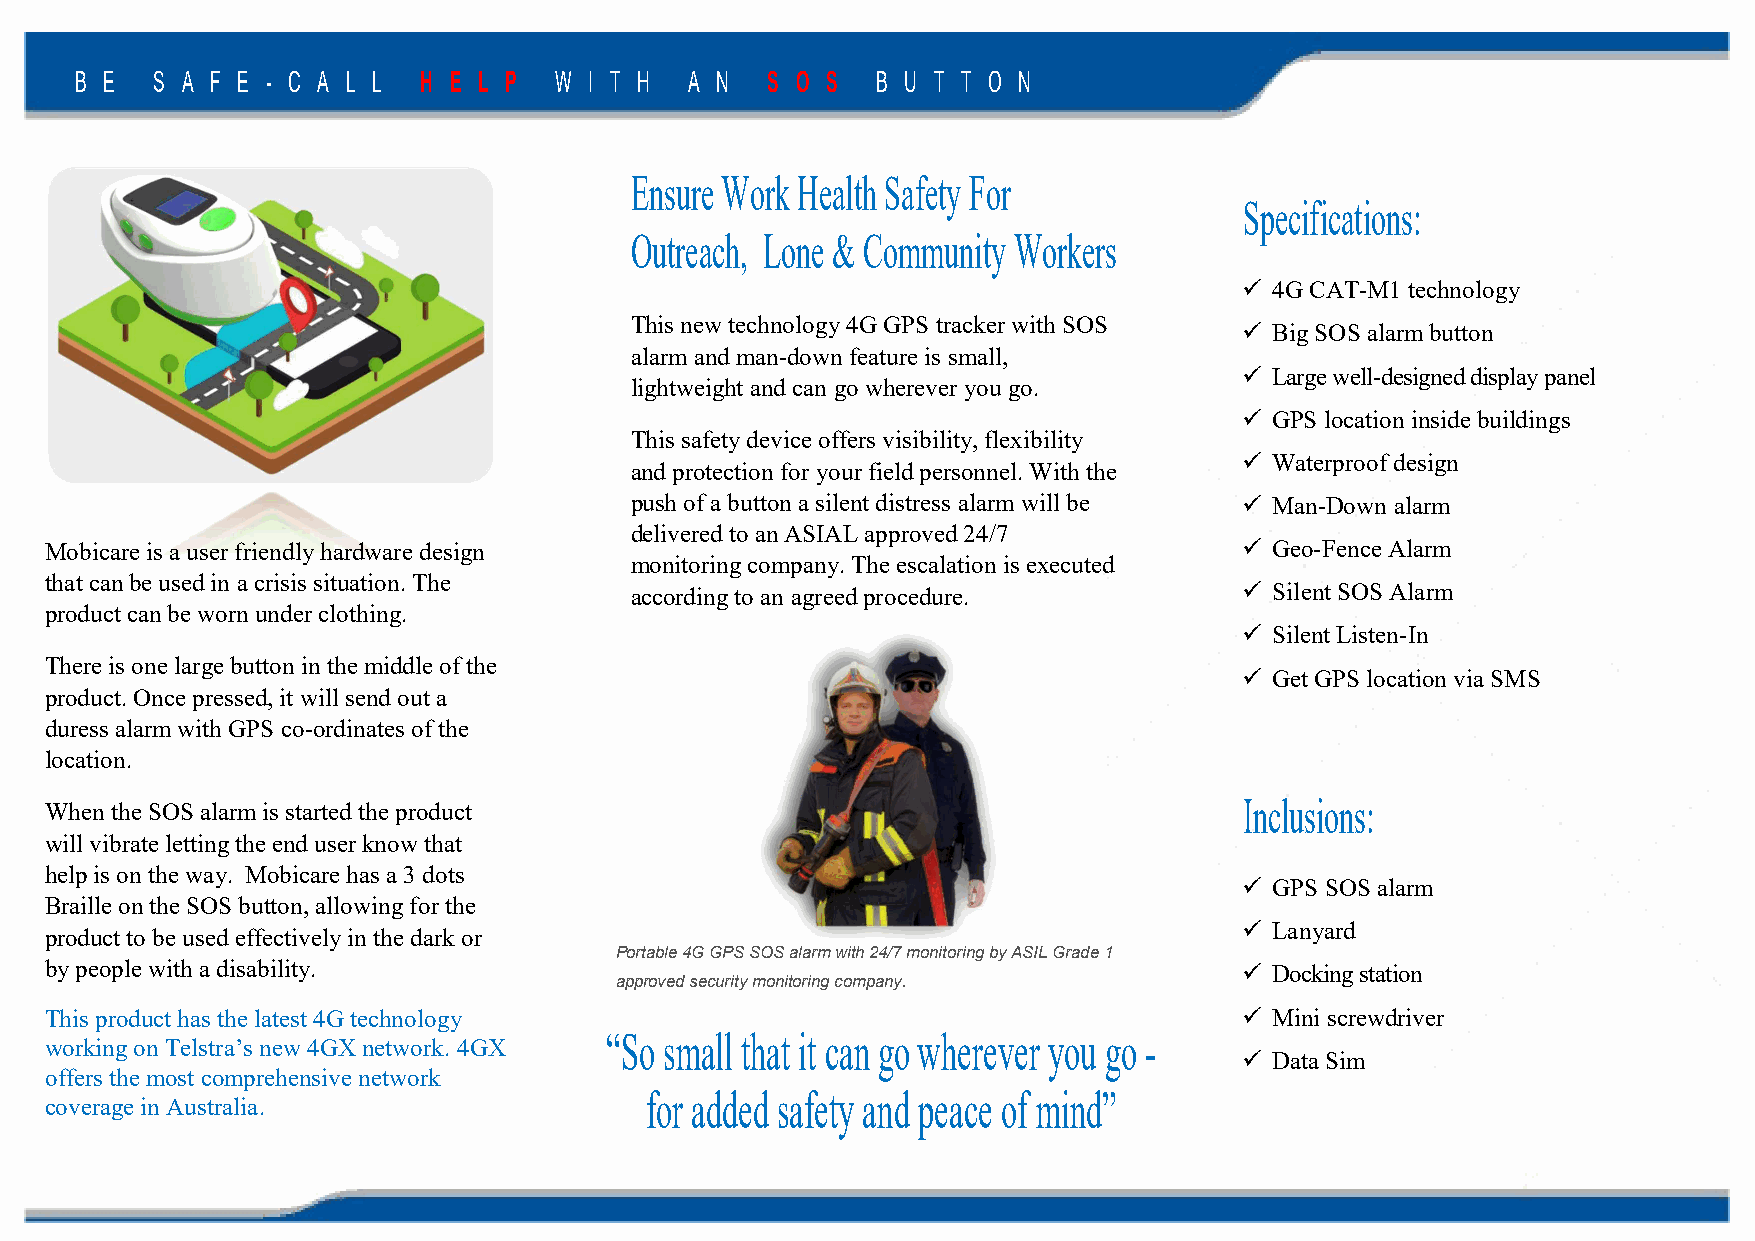
B E  S A F E - C A L L H E L P  W I T H  A N  S O S  B U T T O N
 Ensure Work Health Safety For
 Specifications:
 Outreach, Lone & Community Workers
  4G CAT-M1 technology
 This new technology 4G GPS tracker with SOS
  Big SOS alarm button
 alarm and man-down feature is small,
  Large well-designed display panel
 lightweight and can go wherever you go.
  GPS location inside buildings
 This safety device offers visibility, flexibility
  Waterproof design
 and protection for your field personnel. With the
 push of a button a silent distress alarm will be  Man-Down alarm
 delivered to an ASIAL approved 24/7
 Mobicare is a user friendly hardware design                                     Geo-Fence Alarm
 monitoring company. The escalation is executed
 that can be used in a crisis situation. The
 according to an agreed procedure.        Silent SOS Alarm
 product can be worn under clothing.
  Silent Listen-In
 There is one large button in the middle of the
  Get GPS location via SMS
 product. Once pressed, it will send out a
 duress alarm with GPS co-ordinates of the
 location.
 Inclusions:
 When the SOS alarm is started the product
 will vibrate letting the end user know that
 help is on the way. Mobicare has a 3 dots
  GPS SOS alarm
 Braille on the SOS button, allowing for the
 product to be used effectively in the dark or                                   Lanyard
 Portable 4G GPS SOS alarm with 24/7 monitoring by ASIL Grade 1
 by people with a disability.                                                    Docking station
 approved security monitoring company.
 This product has the latest 4G technology                                       Mini screwdriver
 “So small that it can go wherever you go -
 working on Telstra’s new 4GX network. 4GX
  Data Sim
 offers the most comprehensive network
 for added safety and peace of mind”
 coverage in Australia.